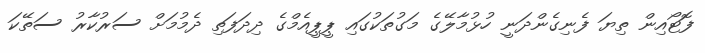
ފޮޓޯއިން ތިޔަ ފެނިގެންދަނީ ހުޅުމާލޭގެ މަގުތަކުގައި ޕީޕީއެމްގެ ދިދަފަތި ދެމުމަށް ސަރުކާރު ސަތޭކަ